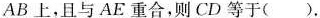
AB上，且与AE重合，则CD等于().